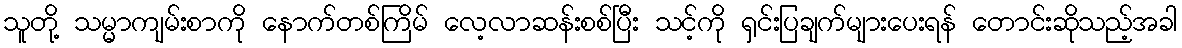
သူတို့ သမ္မာကျမ်းစာကို နောက်တစ်ကြိမ် လေ့လာဆန်းစစ်ပြီး သင့်ကို ရှင်းပြချက်များပေးရန် တောင်းဆိုသည့်အခါ